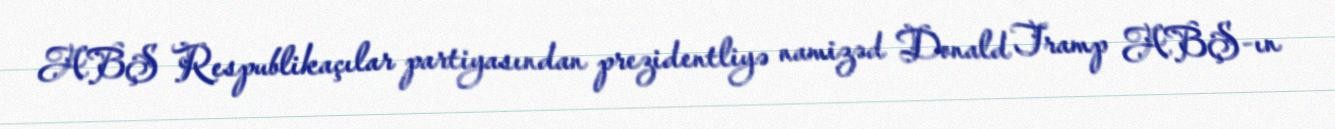
ABŞ Respublikaçılar partiyasından prezidentliyə namizəd Donald Tramp ABŞ-ın